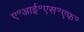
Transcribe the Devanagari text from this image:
ए॰आई॰एस॰एफ॰